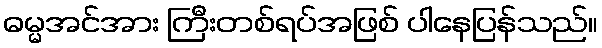
ဓမ္မအင်အား ကြီးတစ်ရပ်အဖြစ် ပါနေပြန်သည်။